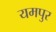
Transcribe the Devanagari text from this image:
यमपुर